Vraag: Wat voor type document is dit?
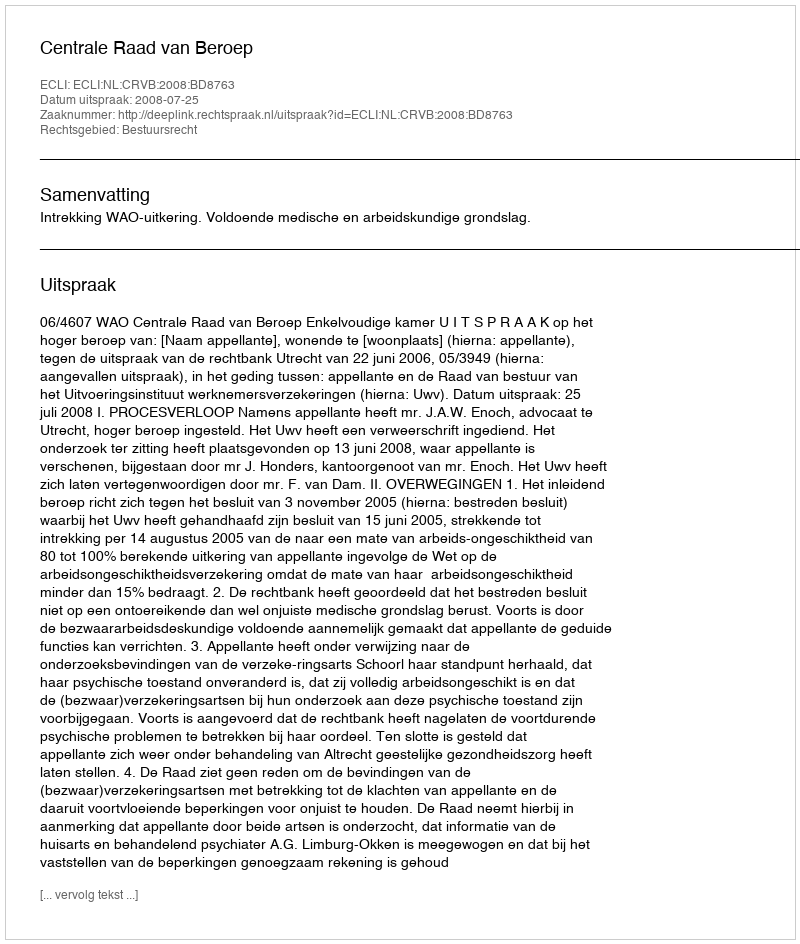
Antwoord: Uitspraak